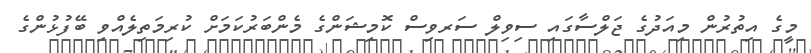
މީގެ އިތުރުން މިއަދުގެ ޖަލްސާގައި ސިވިލް ސަރވިސް ކޮމިޝަންގެ މެންބަރުކަމަށް ކުރިމަތިލެއްވި ބޭފުޅުންގެ